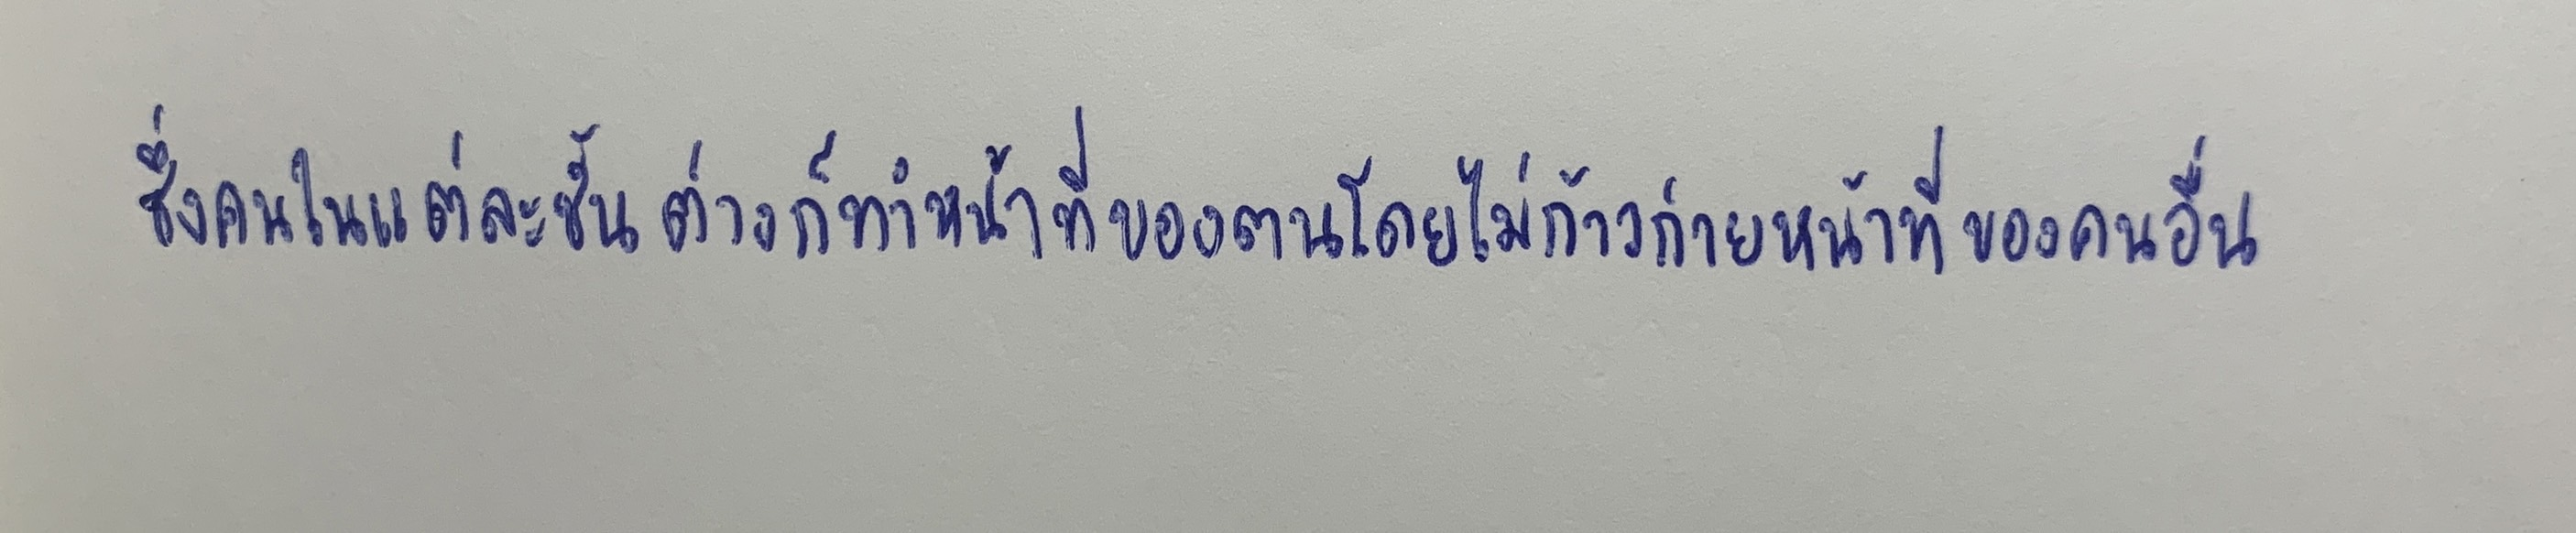
ซึ่งคนในแต่ละชั้นต่างก็ทำหน้าที่ของตนโดยไม่ก้าวก่ายหน้าที่ของคนอื่น